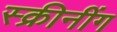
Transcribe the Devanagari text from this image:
स्क्रीनींग